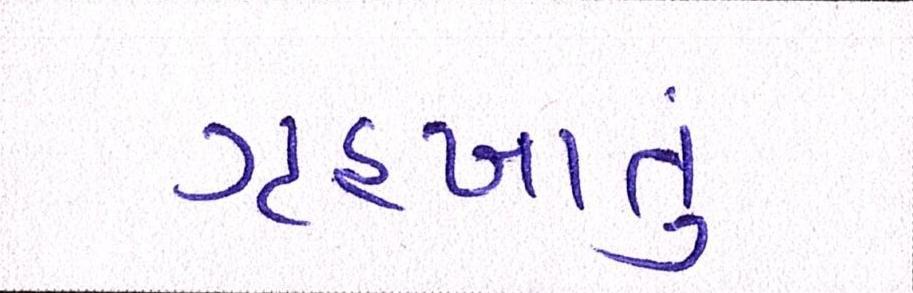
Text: ગૃહખાતું